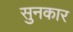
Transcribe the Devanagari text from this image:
सुनकार